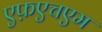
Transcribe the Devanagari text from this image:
एफ़एचएम